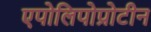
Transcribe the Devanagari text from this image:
एपोलिपोप्रोटीन